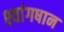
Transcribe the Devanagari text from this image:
श्यांगषान